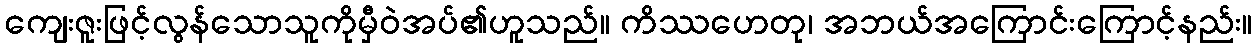
ကျေးဇူးဖြင့်လွန်သောသူကိုမှီဝဲအပ်၏ဟူသည်။ ကိဿဟေတု၊ အဘယ်အကြောင်းကြောင့်နည်း။